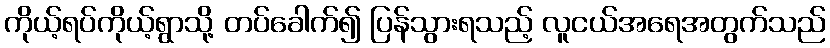
ကိုယ့်ရပ်ကိုယ့်ရွာသို့ တပ်ခေါက်၍ ပြန်သွားရသည့် လူငယ်အရေအတွက်သည်